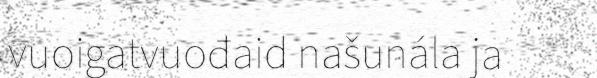
vuoigatvuođaid našunála ja